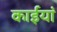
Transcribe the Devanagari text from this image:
काईयां